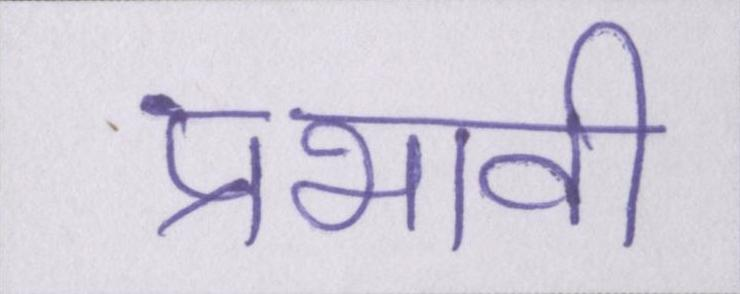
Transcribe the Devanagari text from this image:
प्रभावी